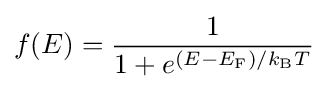
f(E)={\frac {1}{1+e^{(E-E_{\text{F}})/k_{\text{B}}T}}}